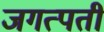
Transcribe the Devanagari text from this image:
जगत्पती